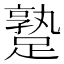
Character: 𨄡